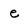
Character: e